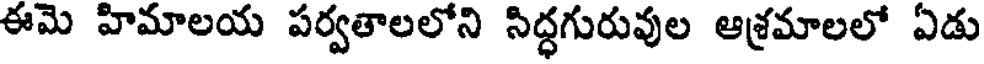
ఈమె హిమాలయ పర్వతాలలోని సిద్ధగురువుల ఆశ్రమాలలో ఏడు